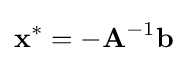
\mathbf {x} ^{*}=-\mathbf {A} ^{-1}\mathbf {b} ~